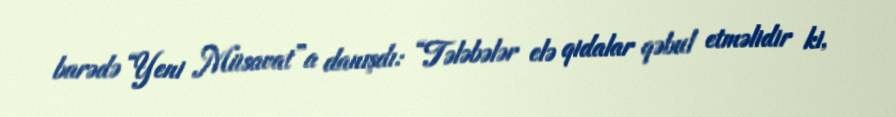
barədə “Yeni Müsavat”a danışdı: “Tələbələr elə qidalar qəbul etməlidir ki,